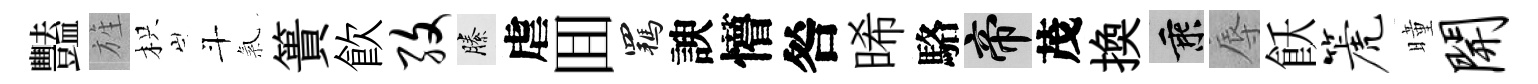
豔旌枳斗氣簣飮孜縢虐囬羈諛懵咎晞駱帝茂換乘辱飫篪曈开